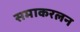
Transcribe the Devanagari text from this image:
समाकरलन